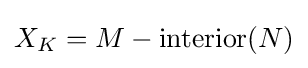
X_{K}=M-{\mbox{interior}}(N)